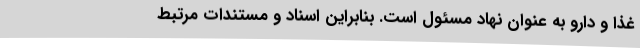
غذا و دارو به عنوان نهاد مسئول است. بنابراین اسناد و مستندات مرتبط